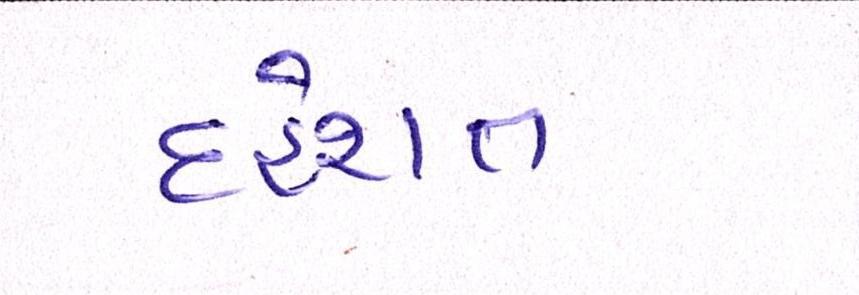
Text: દહેશત